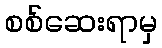
စစ်ဆေးရာမှ